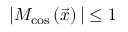
| M _ { \mathrm { c o s } } \left( \vec { x } \right) | \leq 1